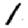
Digit: 1